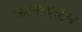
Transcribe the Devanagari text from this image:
जलसंग्रहण